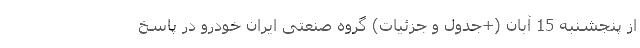
از پنجشنبه 15 آبان (+جدول و جزئیات) گروه صنعتی ایران خودرو در پاسخ